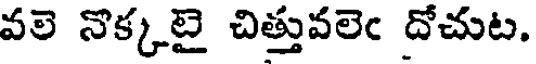
వలె నొక్కటై చిత్తువలెఁ దోచుట.